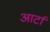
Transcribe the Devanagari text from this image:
आर्टा